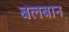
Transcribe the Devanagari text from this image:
बलबान